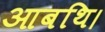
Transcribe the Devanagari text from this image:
आबथि।